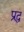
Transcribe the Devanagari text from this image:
प्रद्ध